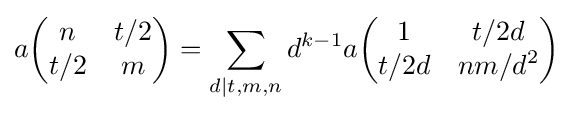
a{\begin{pmatrix}n&t/2\\t/2&m\end{pmatrix}}=\sum _{d\mid t,m,n}d^{k-1}a{\begin{pmatrix}1&t/2d\\t/2d&nm/d^{2}\end{pmatrix}}